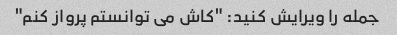
جمله را ویرایش کنید: "کاش می توانستم پرواز کنم"